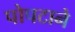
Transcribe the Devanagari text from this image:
पोपटाने